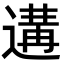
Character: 遘